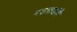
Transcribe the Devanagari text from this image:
गणमात्रांचे